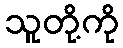
သူတို့ကို